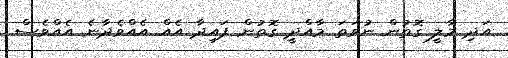
އަދި މާލީ ގޮތުން ނުވަތަ މާއްދީ ގޮތުން ފައިދާ އެއް އެއްވެދާނެ އެއްވެސް